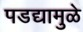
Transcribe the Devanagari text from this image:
पडद्यामुळे